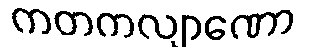
ကတကလျာဏော